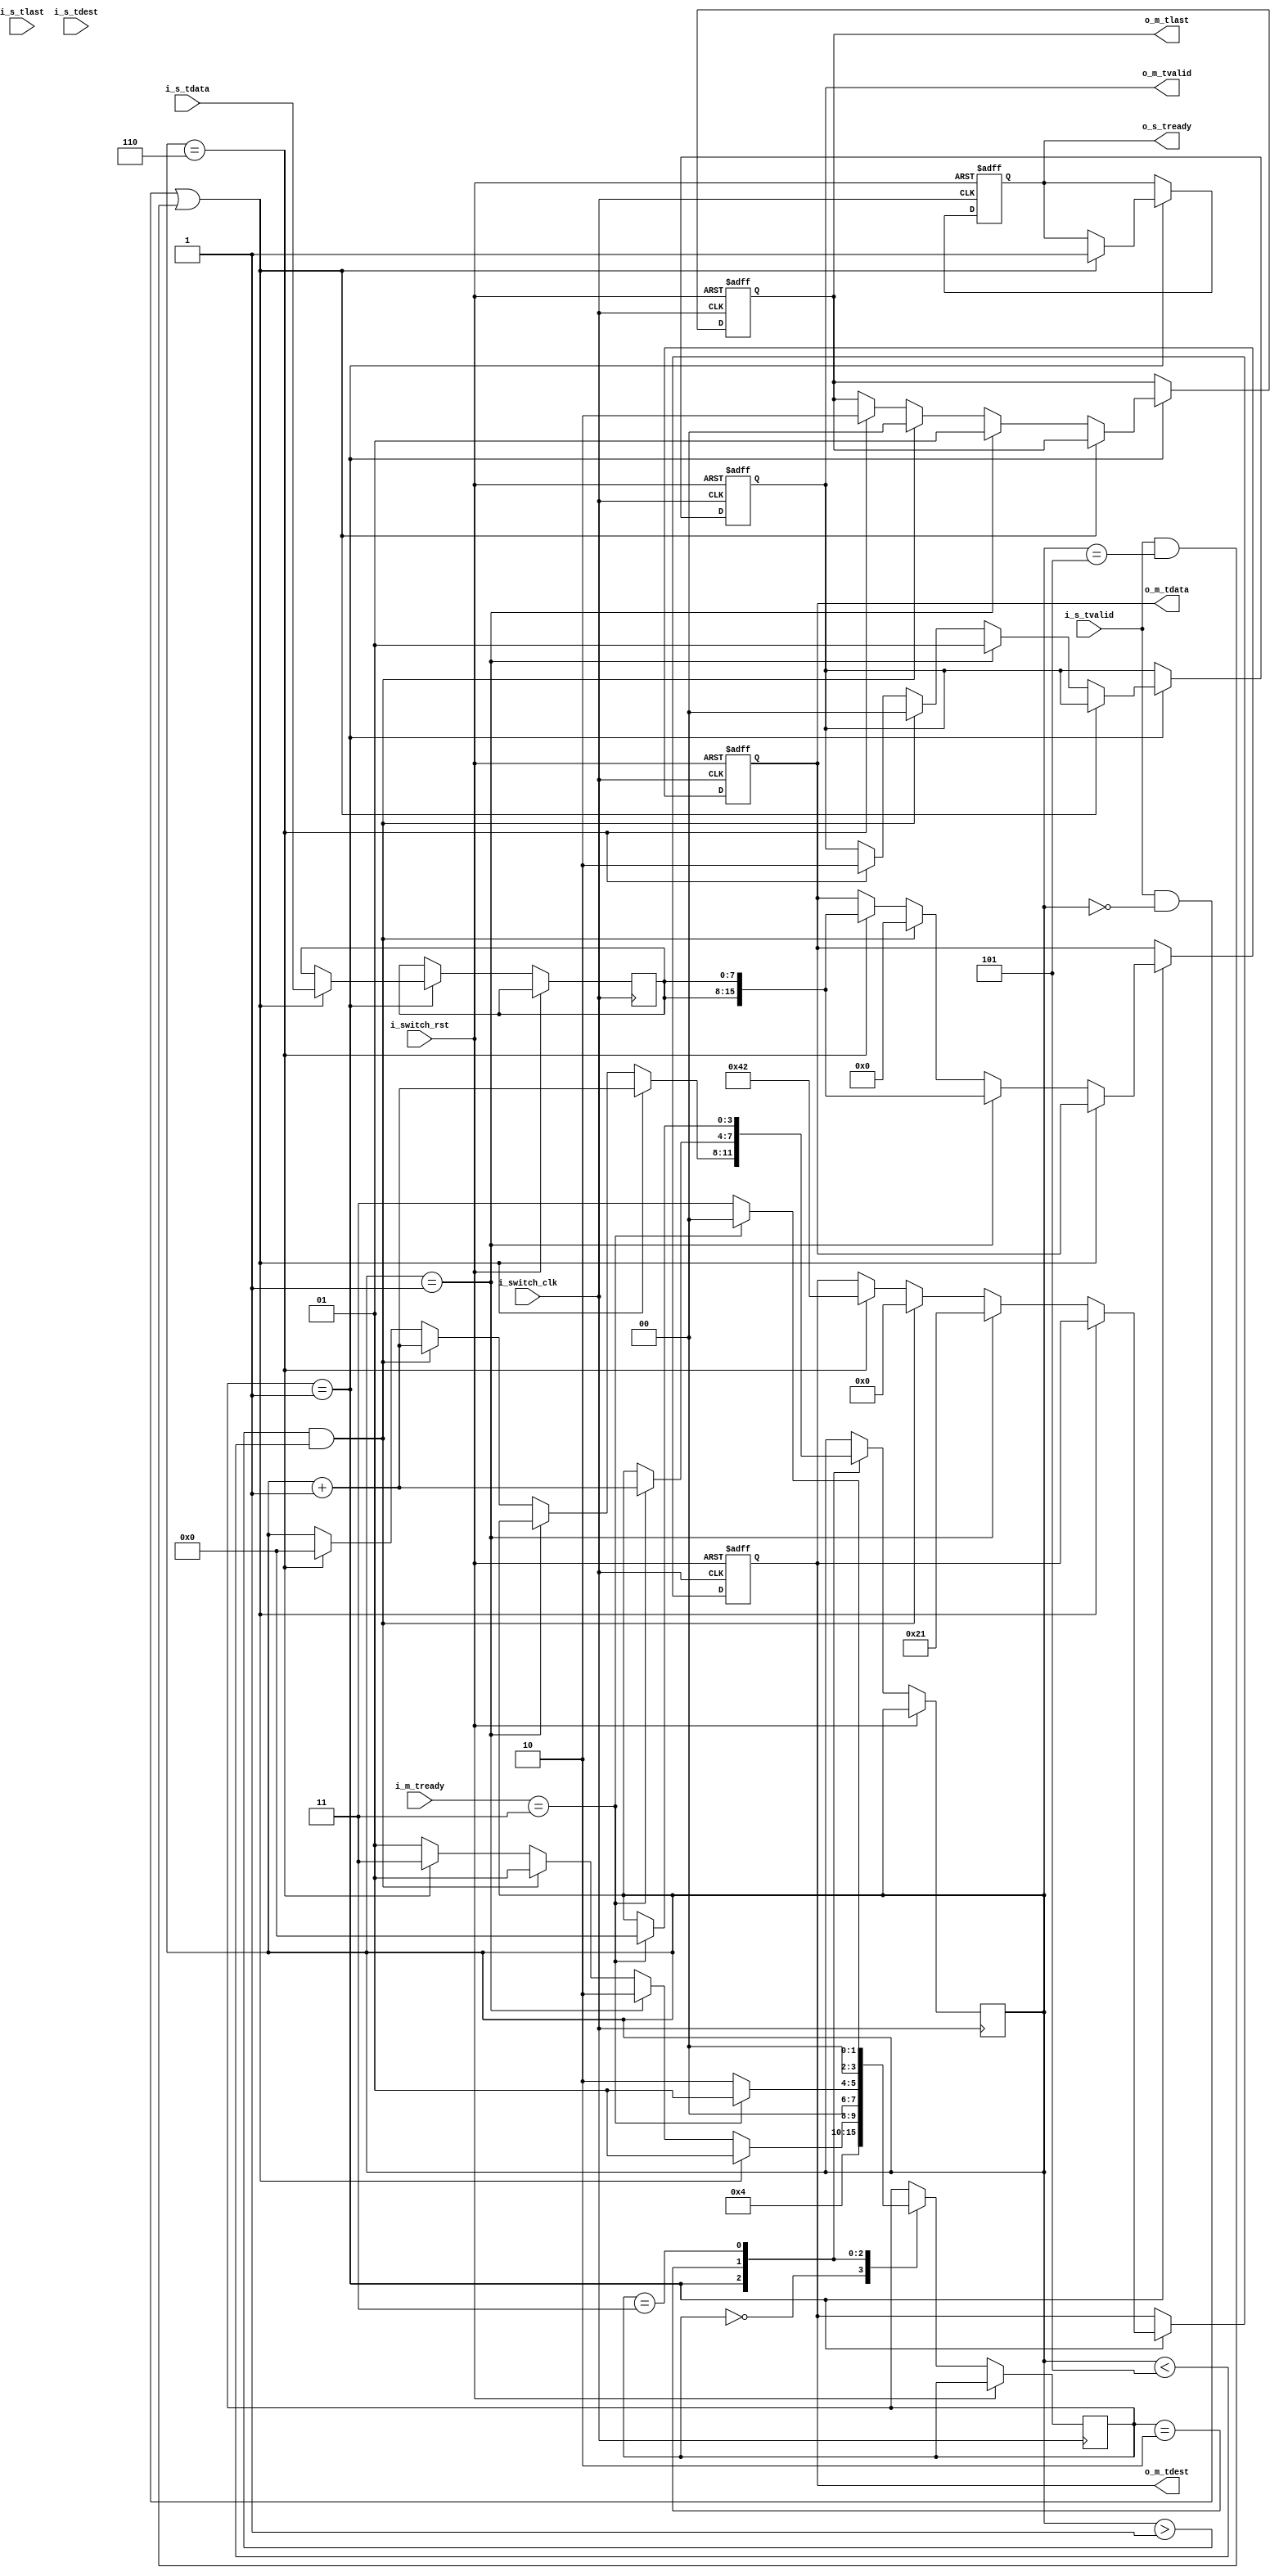
`timescale 1ns / 1ps
//////////////////////////////////////////////////////////////////////////////////
// Company: 
// Engineer: 
// 
// Design Name: 
// Module Name: axi_switch
// Project Name: 
// Target Devices: 
// Tool Versions: 
// Description: 
// 
// Dependencies: 
// 
// Revision:
// Revision 0.01 - File Created
// Additional Comments:
// 
//////////////////////////////////////////////////////////////////////////////////


module axis_switch(
//global signals 
input i_switch_clk,
input i_switch_rst,

//axis_slave from master signals
input i_s_tvalid,
input i_s_tlast,
input [4:0]i_s_tdest,
input [7:0]i_s_tdata,
output reg o_s_tready,

//axis_master to slave signals
input 	   [1:0]  i_m_tready,
output reg [1:0]  o_m_tvalid,
output reg [9:0]  o_m_tdest,
output reg [15:0] o_m_tdata,
output reg [1:0]  o_m_tlast   

);
reg data_sent_flag0 = 1'b0;
reg data_sent_flag1 = 1'b0;
reg[3:0] axis_state = 3'b000;
reg[7:0] input_data = 8'b0;
reg[3:0] cntr_rr    = 4'b0000;


parameter IDLE = 3'b000;
parameter CHECK_TVALID  = 3'b001;
parameter CHECK_TREADY0 = 3'b010;
parameter CHECK_TREADY1 = 3'b011;

always @(posedge i_switch_clk or posedge i_switch_rst )
	begin 
		if(i_switch_rst)
			begin 
				o_m_tdata <= 0;
				o_m_tdest <= 0;
				o_m_tlast <= 0;
				o_m_tvalid <= 0;
				o_s_tready <= 0;
			end 
		else begin 
				case(axis_state)
					IDLE: begin 
							if(i_switch_rst)
							axis_state <= IDLE;
							else begin 
							data_sent_flag0 = 1'b0;
                            data_sent_flag1 = 1'b0;
							axis_state <= CHECK_TVALID;
							end
						  end 
					CHECK_TVALID: begin 
									if((i_s_tvalid && cntr_rr == 4'b0) || (i_s_tvalid && cntr_rr == 4'b0101)) 
										begin 
											input_data <= i_s_tdata;
											o_s_tready <= 1'b1;
											cntr_rr    <= cntr_rr+1;
											axis_state <= CHECK_TVALID;	
										end 
									else if(cntr_rr == 4'b0001) 
										begin 
											o_m_tvalid <= 2'b01;
											o_m_tdata  <= {input_data,input_data};
											o_m_tdest  <= 10'b0000100001;
											o_m_tlast  <= 2'b01;
											//cntr_rr    <= cntr_rr+1;
											axis_state <= CHECK_TREADY0;
										end 
									else if(cntr_rr > 4'b0001 & cntr_rr < 4'b0101) //wait here for 3 clock cycle to get next data
										begin 
											o_m_tvalid <= 2'b00;
											o_m_tdata  <= 16'b0;
											o_m_tdest  <= 10'b0;
											o_m_tlast  <= 2'b00;
											cntr_rr    <= cntr_rr+1;
											axis_state <= CHECK_TVALID;
										end 
									else if(cntr_rr == 4'b0110)
										begin 
											o_m_tvalid <= 2'b10;
											o_m_tdata  <= {input_data,input_data};
											o_m_tdest  <= 10'b0001000010;
											o_m_tlast  <= 2'b10;
											cntr_rr    <= 2'b00;
											axis_state <= CHECK_TREADY1;
										end 
									else 
										axis_state <= CHECK_TVALID;
								end 		
					CHECK_TREADY0:begin 
									if(i_m_tready==2'b11)
										begin 
											data_sent_flag0 <= 1'b1;
											cntr_rr         <= cntr_rr+1;
											axis_state      <= CHECK_TVALID;
										end 
									else 
										axis_state <= CHECK_TREADY0;
								end 
					CHECK_TREADY1:begin 
									if(i_m_tready==2'b11)
										begin 
											data_sent_flag1 <= 1'b1;
											cntr_rr         <= 2'b00;
											axis_state      <= IDLE;
										end 
									else 
										axis_state <= CHECK_TREADY1;
								end 
				endcase 
			end 
	end
endmodule